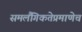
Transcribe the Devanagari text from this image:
समलैंगिकतेप्रमाणेच